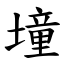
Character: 墥